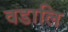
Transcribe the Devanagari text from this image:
वडालि